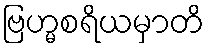
ဗြဟ္မစရိယမှာတိ